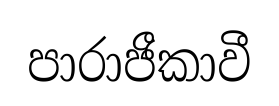
පාරාජීකාවී